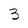
Character: 3